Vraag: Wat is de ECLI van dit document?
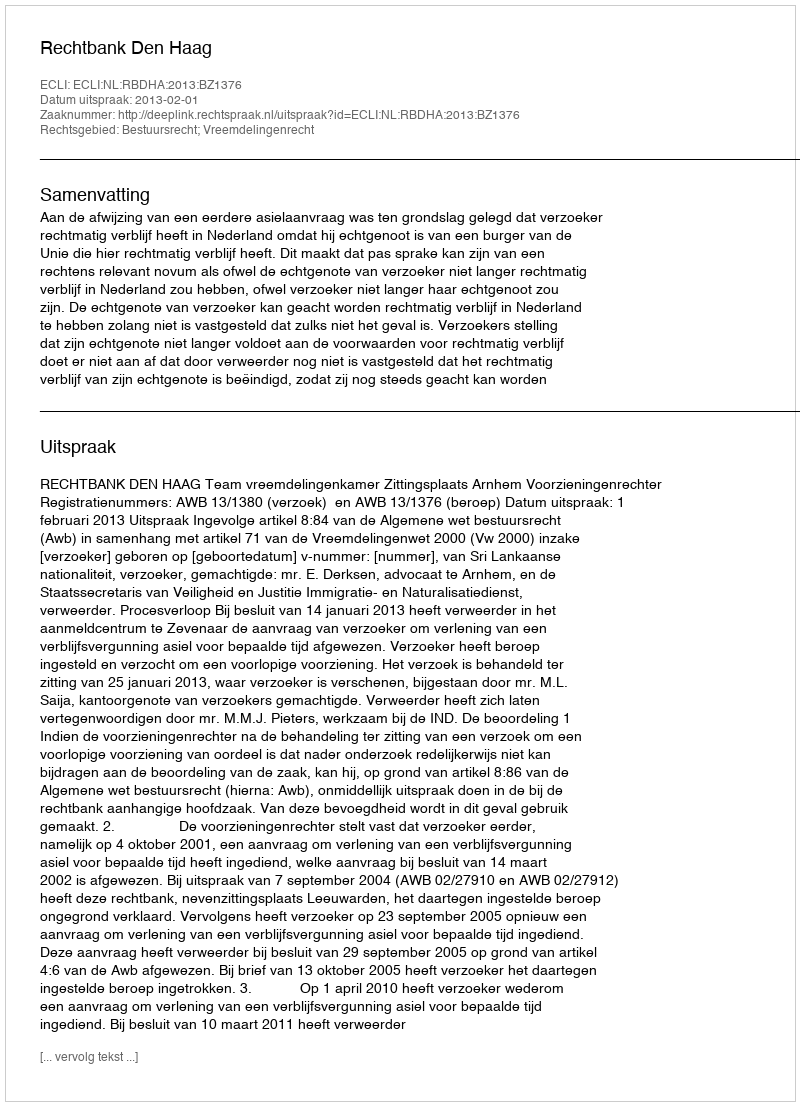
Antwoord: ECLI:NL:RBDHA:2013:BZ1376